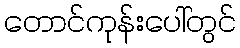
တောင်ကုန်းပေါ်တွင်